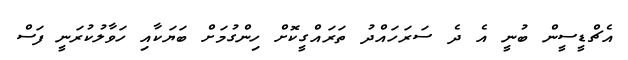
އެޗްޑީސީން ބުނީ އެ ދެ ސަރަހައްދު ތަރައްގީކޮށް ހިންގުމަށް ބަޔަކާއި ހަވާލުކުރަނީ ފަސް